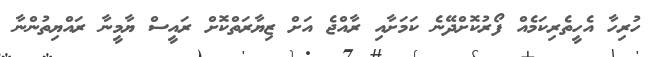
ހުރިހާ އެހީތެރިކަމެއް ފޯރުކޮށްދޭނެ ކަމަށާއި ރާއްޖެ އަށް ޒިޔާރަތްކޮށް ރައީސް ޔާމީނާ ރައްޔިތުންނާ